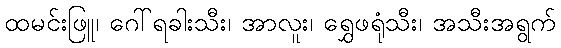
ထမင်းဖြူ၊ ဂေါ်ရခါးသီး၊ အာလူး၊ ရွှေဖရုံသီး၊ အသီးအရွက်